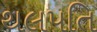
થલપતિ